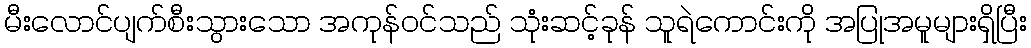
မီးလောင်ပျက်စီးသွားသော အကုန်ဝင်သည် သုံးဆင့်ခုန် သူရဲကောင်းကို အပြုအမူများရှိပြီး